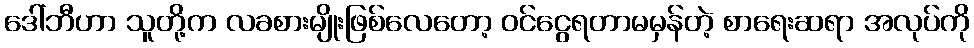
ဒေါ်ဘီဟာ သူတို့က လခစားမျိုးဖြစ်လေတော့ ဝင်ငွေရတာမမှန်တဲ့ စာရေးဆရာ အလုပ်ကို